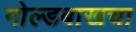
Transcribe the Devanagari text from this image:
गोल्डबाखचा